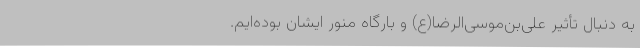
به دنبال تأثیر علی‌بن‌موسی‌الرضا(ع) و بارگاه منور ایشان بوده‌ایم.